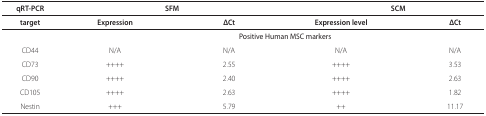
| qRT-PCR | <COLSPAN=2> SFM | <COLSPAN=2> SCM |
 | --- | --- | --- | --- | --- |
 | Target | Expression | ΔCt | Expression level | ΔCt |
 | <COLSPAN=5> Positive Human MSC markers |
 | CD44 | N/A | N/A | N/A | N/A |
 | CD73 | ++++ | 2.55 | ++++ | 3.53 |
 | CD90 | ++++ | 2.40 | ++++ | 2.63 |
 | CD105 | ++++ | 2.63 | ++++ | 1.82 |
 | Nestin | +++ | 5.79 | ++ | 11.17 |